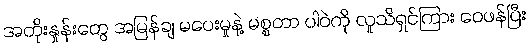
အတိုးနှုန်းတွေ အမြန်ချ မပေးမှုနဲ့ မစ္စတာ ပါဝဲကို လူသိရှင်ကြား ဝေဖန်ပြီး